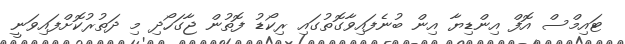
ޓައިމްސް އޮފް އިންޑިޔާ އިން ބުނެފައިވާގޮތުގައި ރިކޯޑު ފޮތުން ޖާގަހޯދި މި ދަތުރުކޮށްފައިވަނީ